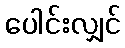
ပေါင်းလျှင်